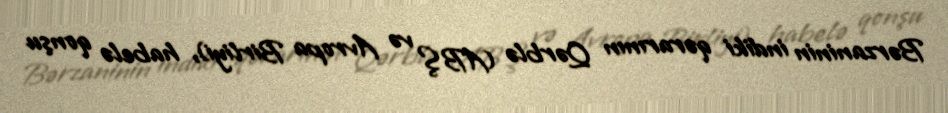
Bərzaninin indiki qərarının Qərblə (ABŞ və Avropa Birliyi), habelə qonşu